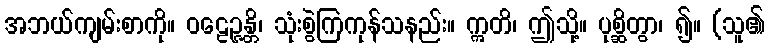
အဘယ်ကျမ်းစာကို။ ဝဠေဉ္ဇန္တိ၊ သုံးစွဲကြကုန်သနည်း။ ဣတိ၊ ဤသို့။ ပုစ္ဆိတွာ၊ ၍။ (သူ၏